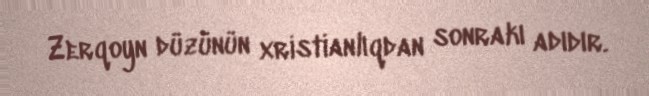
Zerqoyn düzünün xristianlıqdan sonrakı adıdır.